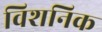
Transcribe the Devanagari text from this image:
विशनिक